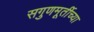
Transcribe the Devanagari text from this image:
सगुणमूर्तीच्या